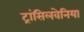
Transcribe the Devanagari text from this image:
ट्रांसिलवेनिया